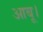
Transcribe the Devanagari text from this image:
आबू।